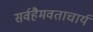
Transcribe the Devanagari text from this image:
सर्वहैमवताचार्य